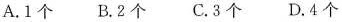
A.1个 B.2个 C.3个 D.4个